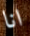
انا